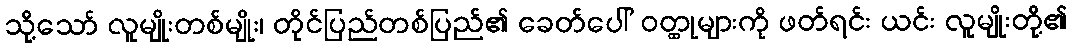
သို့သော် လူမျိုးတစ်မျိုး၊ တိုင်ပြည်တစ်ပြည်၏ ခေတ်ပေါ် ဝတ္ထုများကို ဖတ်ရင်း ယင်း လူမျိုးတို့၏